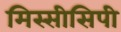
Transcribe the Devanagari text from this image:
मिस्सीसिपी